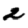
Digit: 2